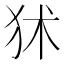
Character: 𤝞